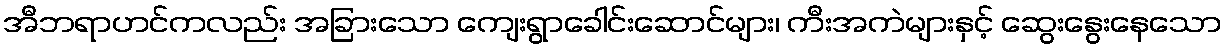
အီဘရာဟင်ကလည်း အခြားသော ကျေးရွာခေါင်းဆောင်များ၊ ကီးအကဲများနှင့် ဆွေးနွေးနေသော